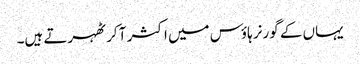
یہاں کے گورنر ہاؤس میں اکثر آ کر ٹھہرتے ہیں۔